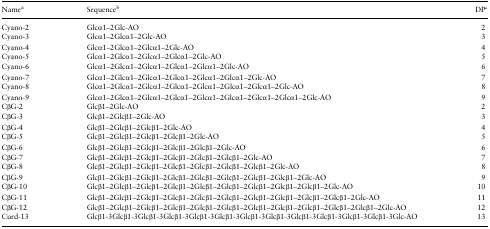
<table><thead><tr><td><b>Name<sup>a</sup></b></td><td><b>Sequence<sup>b</sup></b></td><td><b>DP<sup>c</sup></b></td></tr></thead><tbody><tr><td>Cyano-2</td><td>Glcα1–2Glc-AO</td><td>2</td></tr><tr><td>Cyano-3</td><td>Glcα1–2Glcα1–2Glc-AO</td><td>3</td></tr><tr><td>Cyano-4</td><td>Glcα1–2Glcα1–2Glcα1–2Glc-AO</td><td>4</td></tr><tr><td>Cyano-5</td><td>Glcα1–2Glcα1–2Glcα1–2Glcα1–2Glc-AO</td><td>5</td></tr><tr><td>Cyano-6</td><td>Glcα1–2Glcα1–2Glcα1–2Glcα1–2Glcα1–2Glc-AO</td><td>6</td></tr><tr><td>Cyano-7</td><td>Glcα1–2Glcα1–2Glcα1–2Glcα1–2Glcα1–2Glcα1–2Glc-AO</td><td>7</td></tr><tr><td>Cyano-8</td><td>Glcα1–2Glcα1–2Glcα1–2Glcα1–2Glcα1–2Glcα1–2Glcα1–2Glc-AO</td><td>8</td></tr><tr><td>Cyano-9</td><td>Glcα1–2Glcα1–2Glcα1–2Glcα1–2Glcα1–2Glcα1–2Glcα1–2Glcα1–2Glc-AO</td><td>9</td></tr><tr><td>CβG-2</td><td>Glcβ1–2Glc-AO</td><td>2</td></tr><tr><td>CβG-3</td><td>Glcβ1–2Glcβ1–2Glc-AO</td><td>3</td></tr><tr><td>CβG-4</td><td>Glcβ1–2Glcβ1–2Glcβ1–2Glc-AO</td><td>4</td></tr><tr><td>CβG-5</td><td>Glcβ1–2Glcβ1–2Glcβ1–2Glcβ1–2Glc-AO</td><td>5</td></tr><tr><td>CβG-6</td><td>Glcβ1–2Glcβ1–2Glcβ1–2Glcβ1–2Glcβ1–2Glc-AO</td><td>6</td></tr><tr><td>CβG-7</td><td>Glcβ1–2Glcβ1–2Glcβ1–2Glcβ1–2Glcβ1–2Glcβ1–2Glc-AO</td><td>7</td></tr><tr><td>CβG-8</td><td>Glcβ1–2Glcβ1–2Glcβ1–2Glcβ1–2Glcβ1–2Glcβ1–2Glcβ1–2Glc-AO</td><td>8</td></tr><tr><td>CβG-9</td><td>Glcβ1–2Glcβ1–2Glcβ1–2Glcβ1–2Glcβ1–2Glcβ1–2Glcβ1–2Glcβ1–2Glc-AO</td><td>9</td></tr><tr><td>CβG-10</td><td>Glcβ1–2Glcβ1–2Glcβ1–2Glcβ1–2Glcβ1–2Glcβ1–2Glcβ1–2Glcβ1–2Glcβ1–2Glc-AO</td><td>10</td></tr><tr><td>CβG-11</td><td>Glcβ1–2Glcβ1–2Glcβ1–2Glcβ1–2Glcβ1–2Glcβ1–2Glcβ1–2Glcβ1–2Glcβ1–2Glcβ1–2Glc-AO</td><td>11</td></tr><tr><td>CβG-12</td><td>Glcβ1–2Glcβ1–2Glcβ1–2Glcβ1–2Glcβ1–2Glcβ1–2Glcβ1–2Glcβ1–2Glcβ1–2Glcβ1–2Glcβ1–2Glc-AO</td><td>12</td></tr><tr><td>Curd-13</td><td>Glcβ1-3Glcβ1-3Glcβ1-3Glcβ1-3Glcβ1-3Glcβ1-3Glcβ1-3Glcβ1-3Glcβ1-3Glcβ1-3Glcβ1-3Glcβ1-3Glc-AO</td><td>13</td></tr></tbody></table>